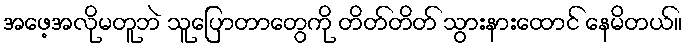
အဖေ့အလိုမတူဘဲ သူပြောတာတွေကို တိတ်တိတ် သွားနားထောင် နေမိတယ်။